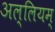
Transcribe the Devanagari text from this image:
अल्लियम्